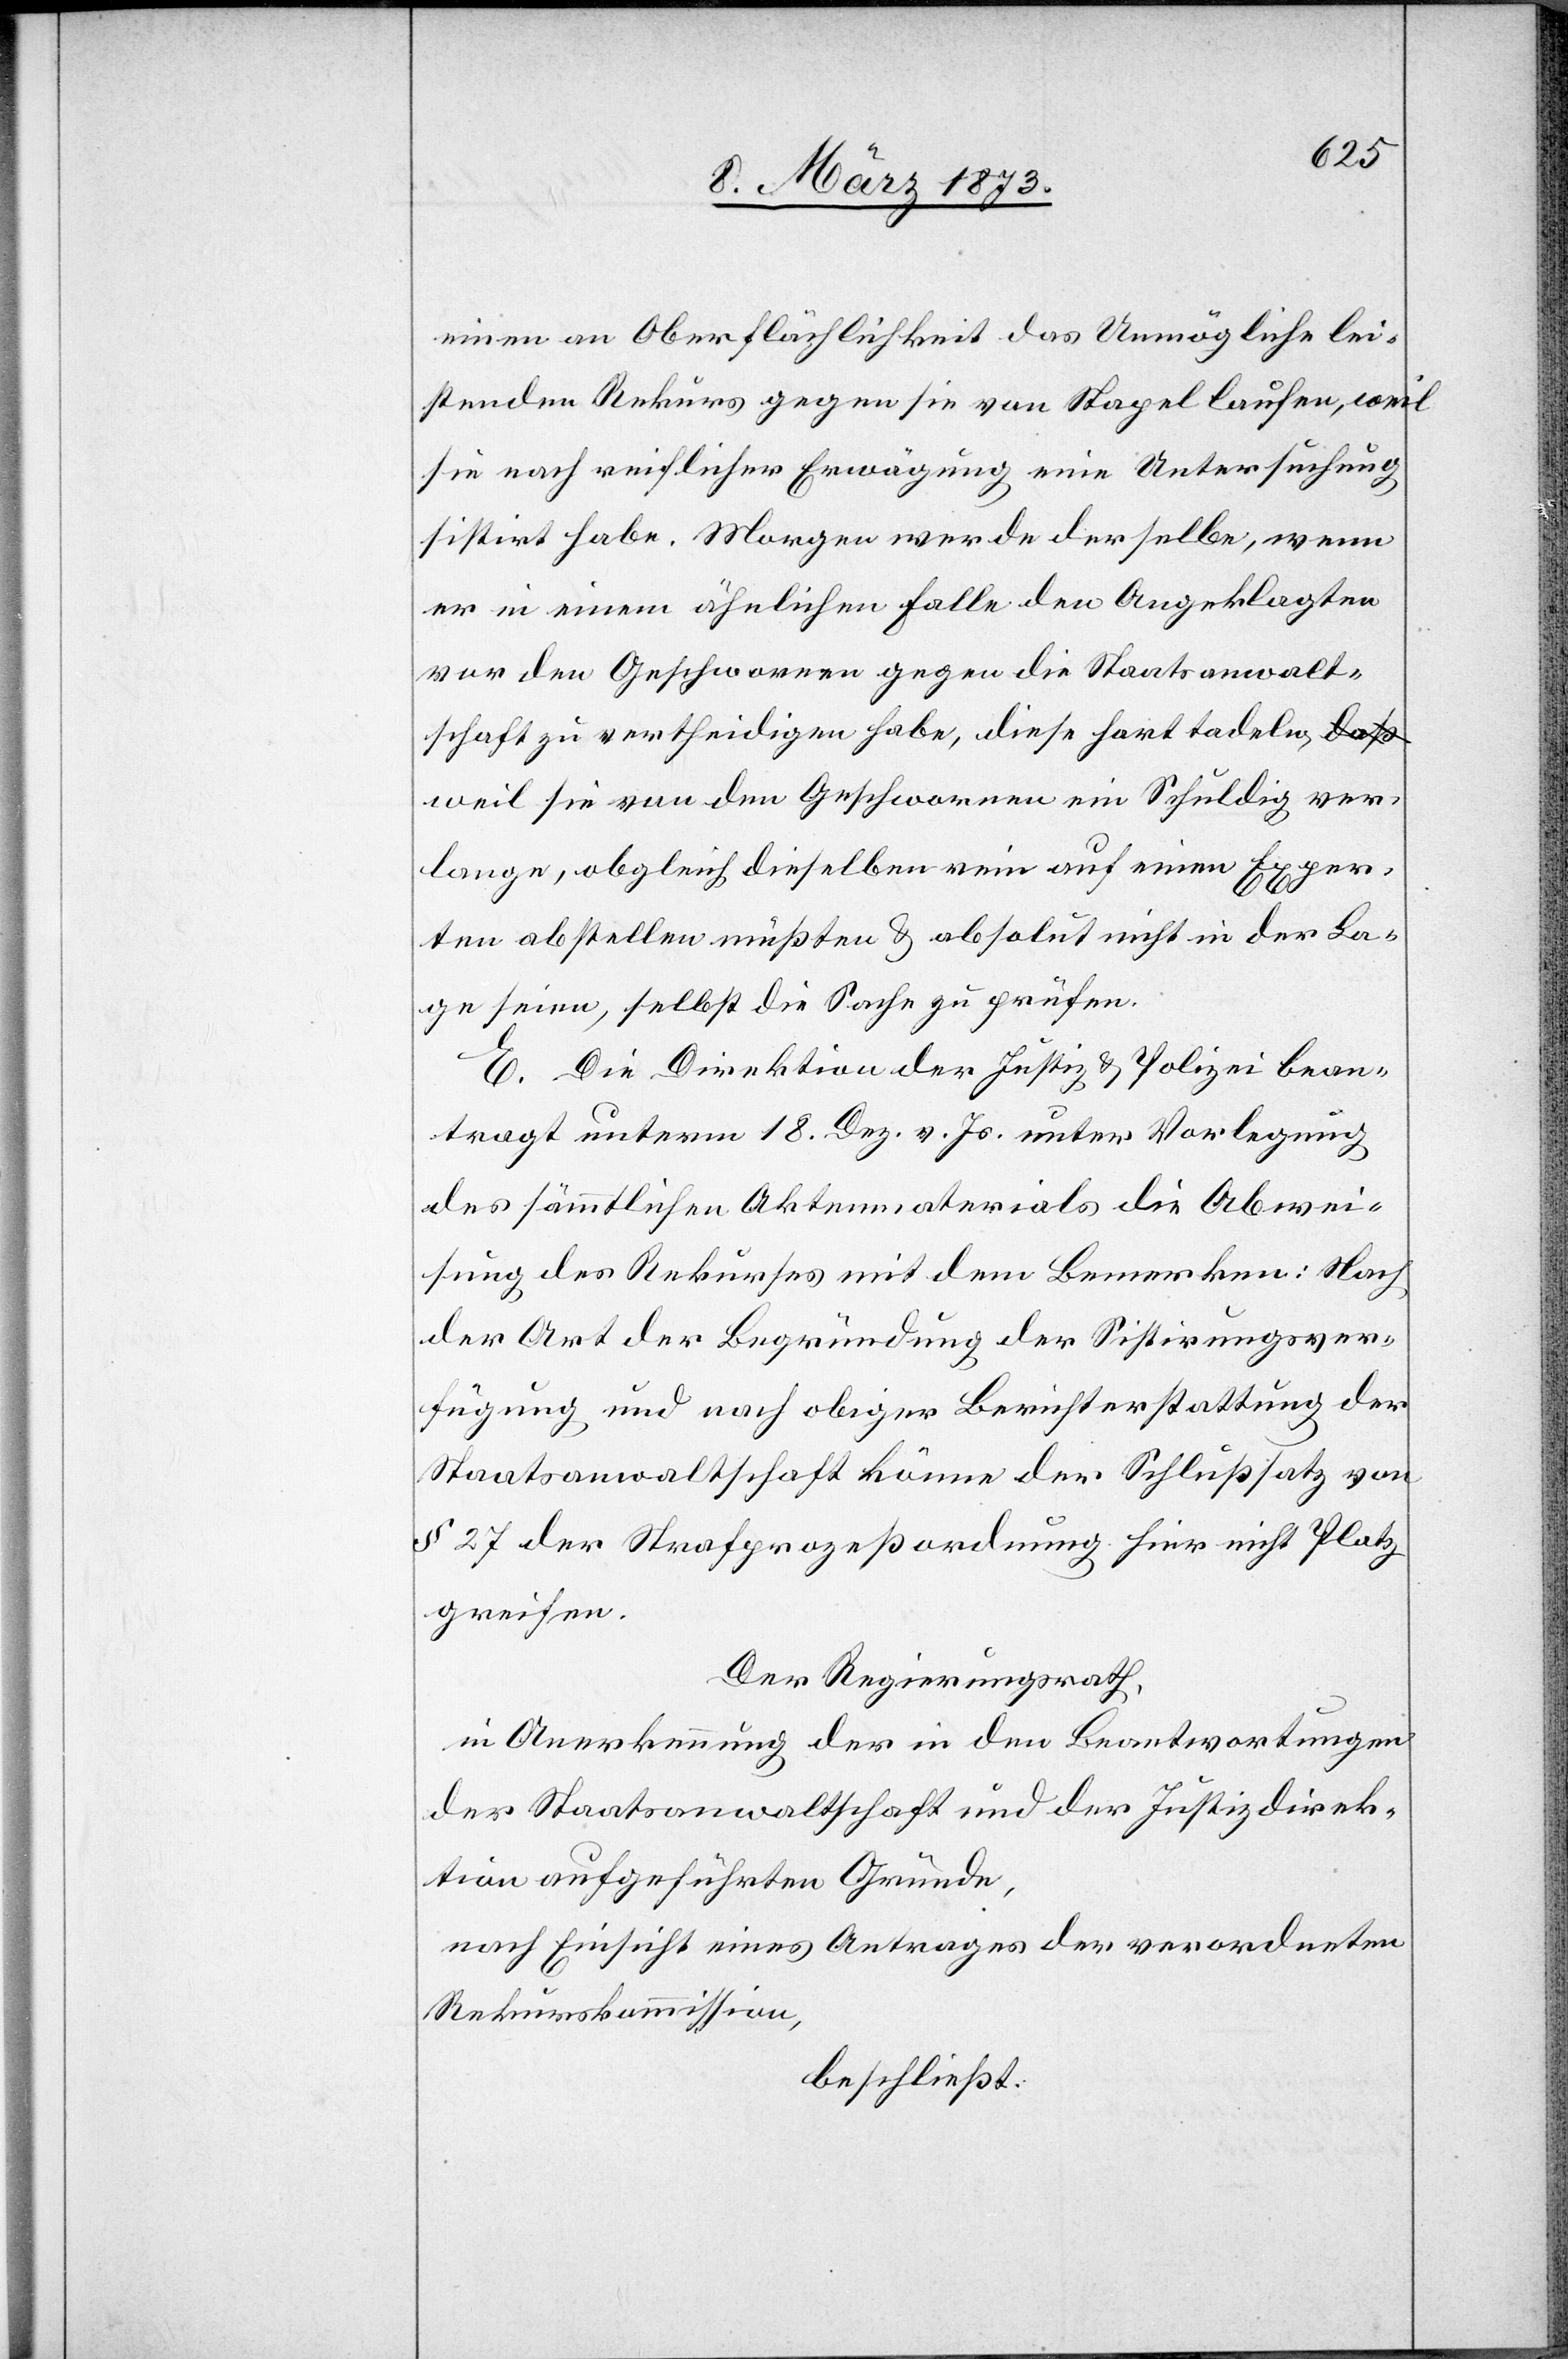
einen an Oberflächlichkeit das Unmögliche lei¬
stenden Rekurs gegen sie von Stapel laufen, weil
sie nach reichlicher Erwägung eine Untersuchung
sistirt habe. Morgen werde derselbe, wenn
er in einem ähnlichen Falle den Angeklagten
vor den Geschwornen gegen die Staatsanwalt¬
schaft zu vertheidigen habe, diese hart tadeln,
weil sie von den Geschworenen ein Schuldig ver¬
lange, obgleich dieselben rein auf einen Exper¬
ten abstellen müßten u. absolut nicht in der La¬
ge seien, selbst die Sache zu prüfen.
E. Die Direktion der Justiz u. Polizei bean¬
tragt unterm 18. Dez. v. Js. unter Vorlegung
des sämmtlichen Aktenmaterials die Abwei¬
sung des Rekurses mit dem Bemerken: Nach
der Art der Begründung der Sistirungsver¬
fügung und nach obiger Berichterstattung der
Staatsanwaltschaft könne der Schlußsatz von
§ 27 der Strafprozeßordnung hier nicht Platz
greifen.
Der Regierungsrath,
in Anerkennung der in den Beantwortungen
der Staatsanwaltschaft und der Justizdirek¬
tion aufgeführten Gründe,
nach Einsicht eines Antrages der verordneten
Rekurskommission,
beschließt: